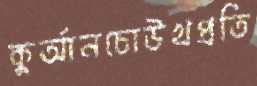
কুর্‌আনচোউখপ্রতি